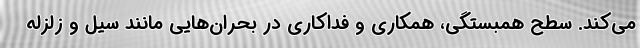
می‌کند. سطح همبستگی، همکاری و فداکاری در بحران‌هایی مانند سیل و زلزله